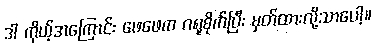
ဒါ ကိုယ့်အကြောင်း ဖေဖေက ဂရုစိုက်ပြီး မှတ်ထားလို့သာပေါ့။